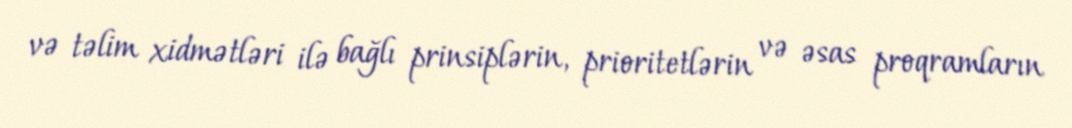
və təlim xidmətləri ilə bağlı prinsiplərin, prioritetlərin və əsas proqramların